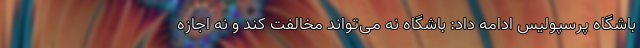
باشگاه پرسپولیس ادامه داد: باشگاه نه می‌تواند مخالفت کند و نه اجازه